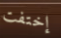
إختفت